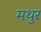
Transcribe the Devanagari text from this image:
मथुर